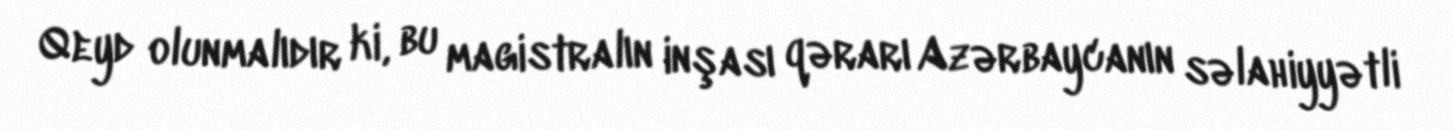
Qeyd olunmalıdır ki, bu magistralın inşası qərarı Azərbaycanın səlahiyyətli